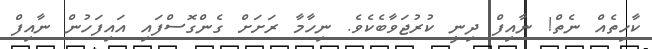
ކާހިތެއް ނެތް! ނާއިފް ދިނީ ކުރުޖަވާބެކެވެ. ނިހާމާ ރަށަށް ގެންގޮސްފައި އައިފަހުން ނާއިފް